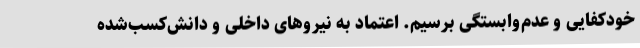
خودکفایی و عدم‌وابستگی برسیم. اعتماد به نیروهای داخلی و دانش‌کسب‌شده